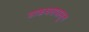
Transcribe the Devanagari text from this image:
डाकघरापासून